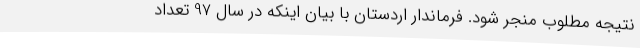
نتیجه مطلوب منجر شود. فرماندار اردستان با بیان اینکه در سال 97 تعداد